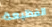
الفظيعة